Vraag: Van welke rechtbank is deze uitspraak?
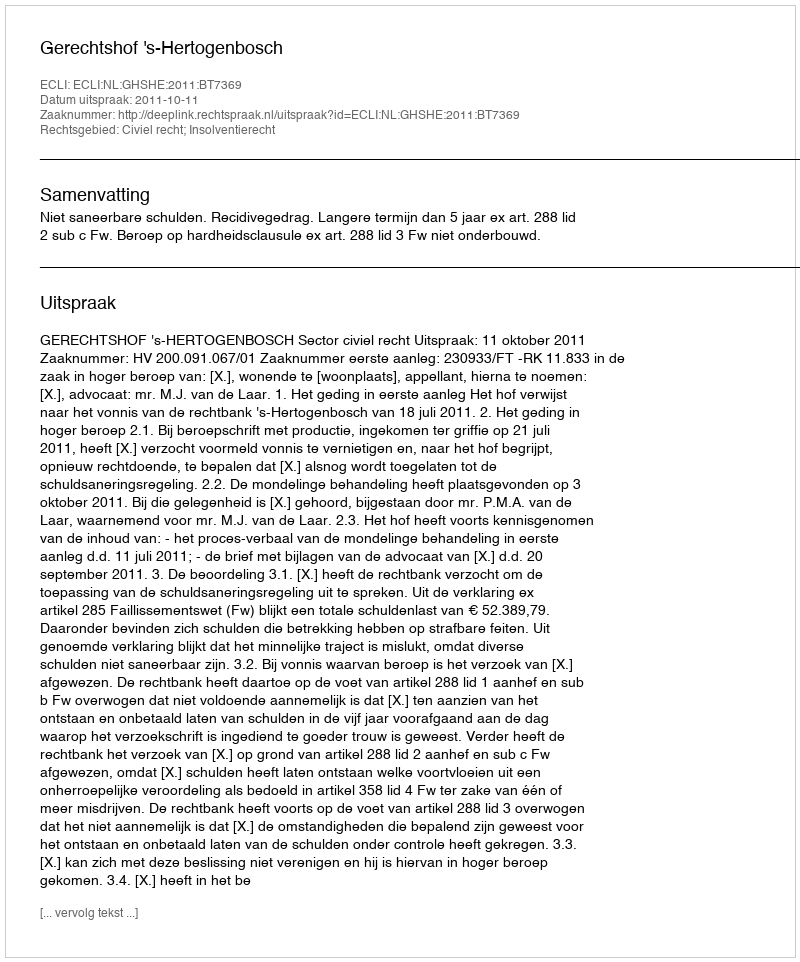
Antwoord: Gerechtshof 's-Hertogenbosch